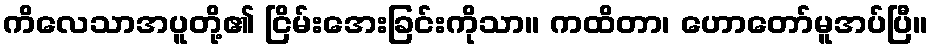
ကိလေသာအပူတို့၏ ငြိမ်းအေးခြင်းကိုသာ။ ကထိတာ၊ ဟောတော်မူအပ်ပြီ။